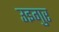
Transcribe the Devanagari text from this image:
उइगुर